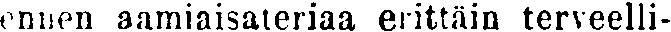
ennen aamiaisateriaa erittäin terveelli-